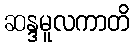
ဆန္ဒမူလကာတိ